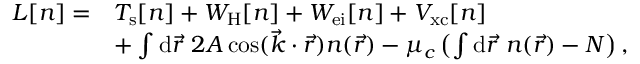
\begin{array} { r l } { L [ n ] = } & { T _ { \mathrm { s } } [ n ] + W _ { \mathrm { H } } [ n ] + W _ { \mathrm { e i } } [ n ] + V _ { \mathrm { x c } } [ n ] } \\ & { + \int \mathrm { d } \vec { r } ~ 2 A \cos ( \vec { k } \cdot \vec { r } ) n ( \vec { r } ) - \mu _ { c } \left( \int \mathrm { d } \vec { r } ~ n ( \vec { r } ) - N \right) , } \end{array}